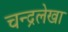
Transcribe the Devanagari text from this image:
चन्द्रलेखा